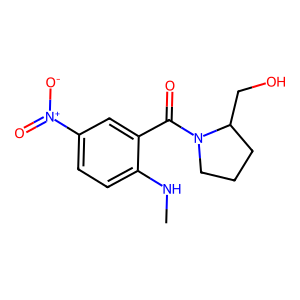
SMILES: CNc1ccc([N+](=O)[O-])cc1C(=O)N1CCCC1CO
Inhibits HIV replication: No